Indian journal of veterinary science and animal husbandry - Volumes 15-17, 1948-1951
Year: 1948
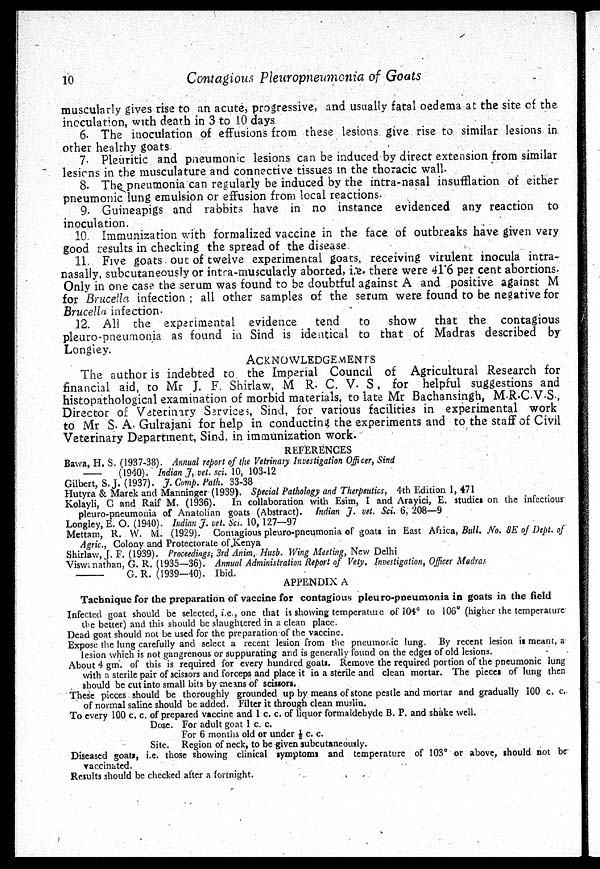
10
Contagious Pleuropneumonia of Goats
muscularly gives rise to an acute, progressive, and usually fatal oedema at the site of the
inoculation, with death in 3 to 10 days
6. The inoculation of effusions from these lesions give rise to similar lesions in.
other healthy goats
7. Pleuritic and pneumonic lesions can be induced by direct extension from similar
lesions in the musculature and connective tissues in the thoracic wall.
8. The pneumonia can regularly be induced by the intra-nasal insufflation of either
pneumonic lung emulsion or effusion from local reactions.
9. Guineapigs and rabbits have in no instance evidenced any reaction to
inoculation.
10. Immunization with formalized vaccine in the face of outbreaks have given very
good results in checking the spread of the disease.
11. Five goats out of twelve experimental goats, receiving virulent inocula intra-
nasally, subcutaneously or intra-muscularly aborted, i.e. there were 4l.6 per cent abortions.
Only in one case the serum was found to be doubtful against A and positive against M
for Brucella infection; all other samples of the serum were found to be negative for
Brucella infection.
12. All the experimental evidence tend
to show that the contagious
pleuro-pneumonia as found in Sind is identical to that of Madras described by
Longley.
ACKNOWLEDGEMENTS
The author is indebted to the Imperial Council of Agricultural Research for
financial aid, to Mr J. F. Shirlaw, M R. C. V. S, for helpful suggestions and
histopathological examination of morbid materials, to late Mr Bachansingh, M.R.C.V.S.,
Director of Veterinary Services, Sind, for various facilities in experimental work
to Mr S. A. Gulrajani for help in conducting the experiments and to the staff of Civil
Veterinary Department, Sind. in immunization work.
REFERENCES
Bawa, H. S. (1937-38). Annual report of the Vetrinary Investigation Officer, Sind
— (1940).
Indian J. vet. sci. 10, 103-12
Gilbert, S.J. (1937). J. Comp. Path. 33-38
Hutyra & Marek and Manninger (1939). Special Pathology and Therpeutics, 4th Edition 1, 471
Kolayli, C and Raif M. (1936).
In collaboration with Esim, I and Arayici, E. studies on the infectious
pleuro-pneumonia of Anatolian goats (Abstract). Indian J. vet. Sci. 6, 208—9
Longley, E. O. (1940). Indian J. vet. Sci. 10, 127—97
Mettam, R. W. M. (1929). Contagious pleuro-pneumonia of goats in East Africa, Bull. No. 8E of Dept. of
Agric., Colony and Protectorate of Kenya
Shirlaw, J. F. (1939). Proceedings, 3rd Anim, Husb. Wing Meeting, New Delhi
Viswanathan, G. R. (1935—36). Annual Administration Report of Vety. Investigation, Officer Madras
——
G. R. (1939-40). Ibid.
APPENDIX A
Tachnique for the preparation of vaccine for contagious pleuro-pneumonia in goats in the field
Infected goat should be selected, i.e., one that is showing temperature of 104° to 106° (higher the temperature
the better) and this should be slaughtered in a clean place.
Dead goat should not be used for the preparation of the vaccine.
Expose the lung carefully and select a recent lesion from the pneumonic lung. By recent lesion is meant, a
lesion which is not gangrenous or suppurating and is generally found on the edges of old lesions.
About 4 gm. of this is required for every hundred goats. Remove the required portion of the pneumonic lung
with a sterile pair of scissors and forceps and place it in a sterile and clean mortar. The pieces of lung then
should be cut into small bits by means of scissors.
These pieces should be thoroughly grounded up by means of stone pestle and mortar and gradually 100 c. c.
of normal saline should be added. Filter it through clean muslin.
To every 100 c. c. of prepared vaccine and 1 c. c. of liquor formaldehyde B. P. and shake well.
Dose. For adult goat 1 c. c.
For 6 months old or under ½ c. c.
Site. Region of neck, to be given subcutaneously.
Diseased goats, i.e. those showing clinical symptoms and temperature of 103° or above, should not be
vaccinated.
Results should be checked after a fortnight.